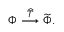
\Phi \stackrel { \widehat { \cal T } } { \longrightarrow } \widetilde \Phi .